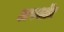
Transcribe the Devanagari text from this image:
अपशॉट